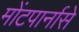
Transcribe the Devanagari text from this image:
मोंटपार्नासे